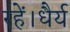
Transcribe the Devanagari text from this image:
रहें।धैर्य